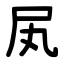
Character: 㞍